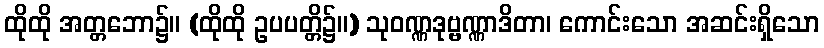
ထိုထို အတ္တဘော၌။ (ထိုထို ဥပပတ္တိ၌။) သုဝဏ္ဏဒုဗ္ဗဏ္ဏာဒိတာ၊ ကောင်းသော အဆင်းရှိသော